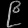
Digit: ၉